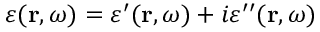
\varepsilon ( \mathbf { r } , \omega ) = \varepsilon ^ { \prime } ( \mathbf { r } , \omega ) + i \varepsilon ^ { \prime \prime } ( \mathbf { r } , \omega )